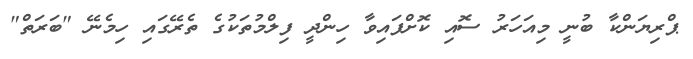
ޕްރިޔަންކާ ބުނީ މިއަހަރު ސޮއި ކޮށްފައިވާ ހިންދީ ފިލްމުތަކުގެ ތެރޭގައި ހިމެނޭ "ބަރަތް"